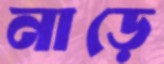
নাড়ে